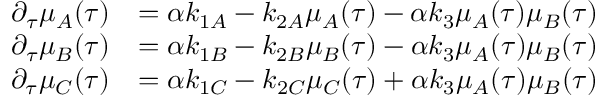
\begin{array} { r l } { \partial _ { \tau } \mu _ { A } ( \tau ) } & { = \alpha k _ { 1 A } - k _ { 2 A } \mu _ { A } ( \tau ) - \alpha k _ { 3 } \mu _ { A } ( \tau ) \mu _ { B } ( \tau ) } \\ { \partial _ { \tau } \mu _ { B } ( \tau ) } & { = \alpha k _ { 1 B } - k _ { 2 B } \mu _ { B } ( \tau ) - \alpha k _ { 3 } \mu _ { A } ( \tau ) \mu _ { B } ( \tau ) } \\ { \partial _ { \tau } \mu _ { C } ( \tau ) } & { = \alpha k _ { 1 C } - k _ { 2 C } \mu _ { C } ( \tau ) + \alpha k _ { 3 } \mu _ { A } ( \tau ) \mu _ { B } ( \tau ) } \end{array}